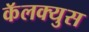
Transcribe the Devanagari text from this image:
कॅलक्युस